Annual returns of the Patna Lunatic Asylum at Bankipore in Bihar and Orissa - 1912-1924
Year: 1912
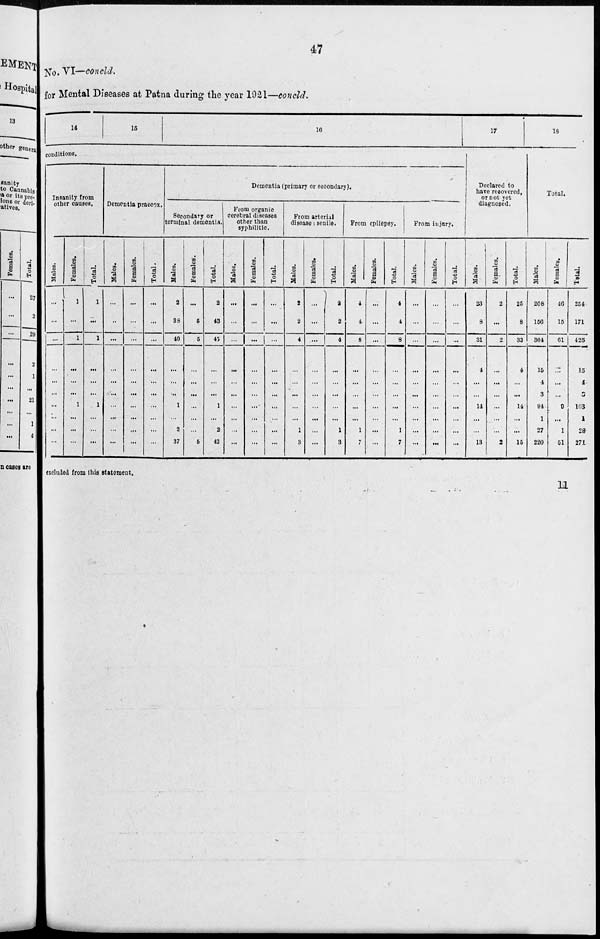
47
No. VI—concld.
for Mental Diseases at Patna during the year 1921—concld.
14
15
16
conditions.
Insanity from
other causes.
Males.
...
...
...
...
...
...
...
...
...
...
Females.
1
...
1
...
...
...
1
...
...
...
Total.
1
...
1
...
...
...
1
...
...
...
Dementia praecox.
Males.
...
...
...
...
...
...
...
...
...
...
Females.
...
...
...
...
...
...
...
...
...
...
Total.
...
...
...
...
...
...
...
...
...
...
Dementia (primary or secondary).
Secondary or
terminal dementia.
Males.
2
38
40
...
...
...
1
...
2
37
Females.
...
5
5
...
...
...
...
...
...
5
Total.
2
43
45
...
...
...
1
...
2
42
From organic
cerebral diseases
other than
syphilitic.
Males.
...
...
...
...
...
...
...
...
...
...
Females.
...
...
...
...
...
...
...
...
...
...
Total.
...
...
...
...
...
...
...
...
...
...
From arterial
disease : senile.
Males.
2
2
4
...
...
...
...
...
1
3
Females.
...
...
...
...
...
...
...
...
...
...
Total.
2
2
4
...
...
...
...
...
1
3
From epilepsy.
Males.
4
4
8
...
...
...
...
...
1
7
Females.
...
...
...
...
...
...
...
...
...
...
Total.
4
4
8
...
...
...
...
...
1
7
From injury.
Males.
...
...
...
...
...
...
...
...
...
...
Females.
...
...
...
...
...
...
...
...
...
...
Total.
...
...
...
...
...
...
...
...
...
...
17
Declared to
have recovered,
or not yet
diagnosed.
Males.
23
8
31
4
...
...
14
...
...
13
Females.
2
...
2
...
...
...
...
...
...
2
Total.
25
8
33
4
...
...
14
...
...
15
18
Total.
Males.
208
156
364
15
4
3
94
1
27
220
Females.
46
15
61
...
...
...
9
...
1
51
Total.
254
171
425
15
4
3
103
1
28
271
excluded from this statement.
11